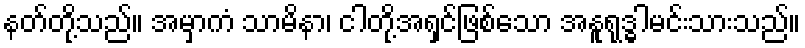
နတ်တို့သည်။ အမှာကံ သာမိနာ၊ ငါတို့အရှင်ဖြစ်သော အနူရုဒ္ဓါမင်းသားသည်။